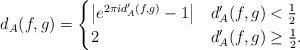
LaTeX: \begin{align*} d_A(f,g) =\begin{cases}\left|e^{2\pi i d'_A(f,g)}-1\right| & d'_A(f,g) < \frac{1}{2}\\2 & d'_A(f,g) \ge \frac{1}{2}.\end{cases}\end{align*}